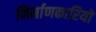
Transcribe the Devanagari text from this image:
निर्माणकारियों